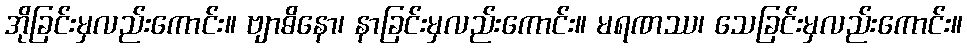
အိုခြင်းမှလည်းကောင်း။ ဗျာဓိနော၊ နာခြင်းမှလည်းကောင်း။ မရဏဿ၊ သေခြင်းမှလည်းကောင်း။